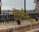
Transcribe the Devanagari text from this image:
टॉनुसैंलेज